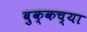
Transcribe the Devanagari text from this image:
बुक्कच्या